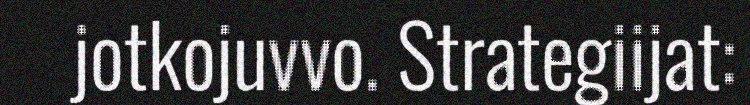
jotkojuvvo. Strategiijat: